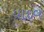
યાદવ